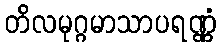
တိလမုဂ္ဂမာသာပရဏ္ဏံ